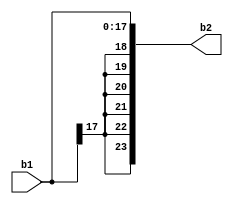
/* Copyright 2023 (C) Peter McGoron
 * This file is a part of Upsilon, a free and open source software project.
 * For license terms, refer to the files in `doc/copying` in the Upsilon
 * source distribution.
 */
module sign_extend #(
	parameter WID1 = 18,
	parameter WID2 = 24
) (
	input [WID1-1:0] b1,
	output [WID2-1:0] b2
);

assign b2[WID1-1:0] = b1;
/* Assign the high bits of b2 to be the extension of the
 * highest bit of b1. If the MSB of b1 is 1 (i.e. b1 is
 * negative), then all high bits of b2 must be negative.
 * If the MSB of b1 is 0, then the high bits of b2 must
 * be zero.
 */
assign b2[WID2-1:WID1] = {(WID2-WID1){b1[WID1-1]}};

endmodule